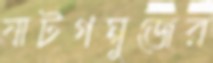
ষাটগম্বুজের